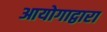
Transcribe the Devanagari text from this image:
आयोगाद्वारा